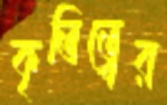
কৃতিত্বের